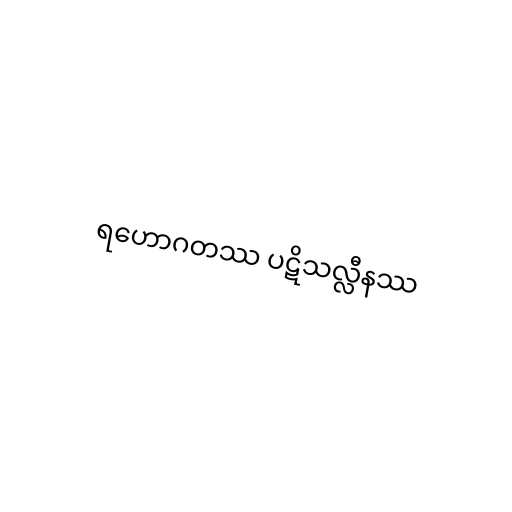
ရဟောဂတဿ ပဋိသလ္လီနဿ